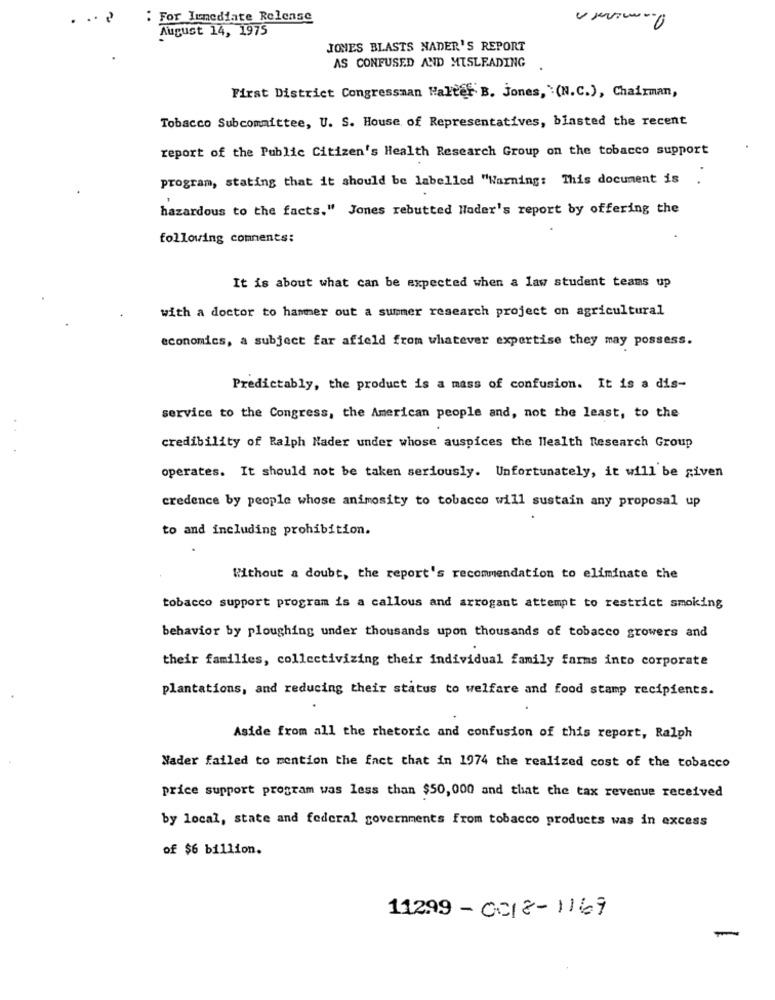
:For Immediate Release
August 14, 1975
JONES BLASTS NADER'S REPORT
AS CONFUSED AND MISLEADING
First District Congressman Halter B. jones, : (N.C.), Chairman,
Tobacco Subcommittee, U. S. House of Representatives, blasted the recent
report of the Public Citizen's Health Research Group on the tobacco support
program, stating that it should be labelled "Warning: This document is .
hazardous to the facts." Jones rebutted Hader's report by offering the
following comments:
It is about what can be expected when a law student teams up
with a doctor to hammer out a summer research project on agricultural
economics, a subject far afield from whatever expertise they may possess.
Predictably, the product is a mass of confusion. It is a dis-
service to the Congress, the American people and, not the least, to the
credibility of Ralph Nader under whose auspices the Health Research Group
operates. It should not be taken seriously. Unfortunately, it will be given
credence by people whose animosity to tobacco will sustain any proposal up
to and including prohibition.
Without a doubt, the report's recommendation to eliminate the
tobacco support program is a callous and arrogant attempt to restrict smoking
behavior by ploughing under thousands upon thousands of tobacco growers and
their families, collectivizing their individual family farms into corporate
plantations, and reducing their status to welfare and food stamp recipients.
Aside from all the rhetoric and confusion of this report, Ralph
Nader failed to mention the fact that in 1974 the realized cost of the tobacco
price support program was less than $50, 000 and that the tax revenue received
by local, state and federal governments from tobacco products was in excess
of $6 billion.
11299- 0018-1169